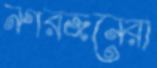
নগরজনেরা